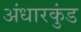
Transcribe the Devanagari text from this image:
अंधारकुंड